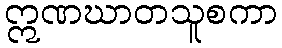
ဣဏဃာတသူစကာ